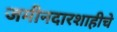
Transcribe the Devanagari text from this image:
जमीनदारशाहीचे